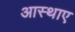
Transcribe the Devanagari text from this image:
आस्थाए